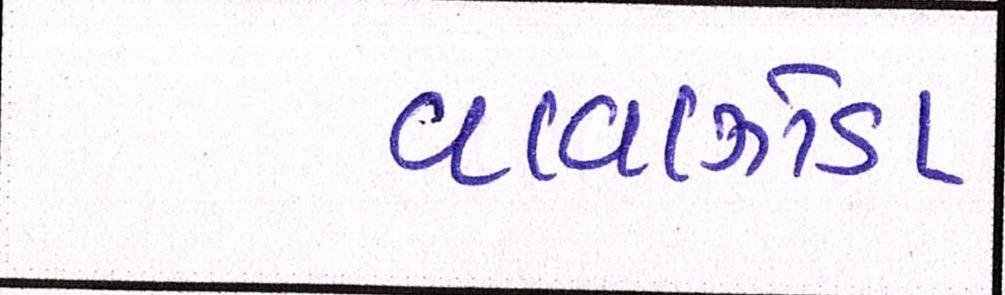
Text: વાવાઝોડા